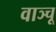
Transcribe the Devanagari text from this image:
वाञ्चू